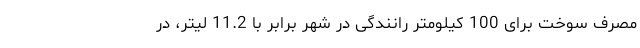
مصرف سوخت برای 100 کیلومتر رانندگی در شهر برابر با 11.2 لیتر، در